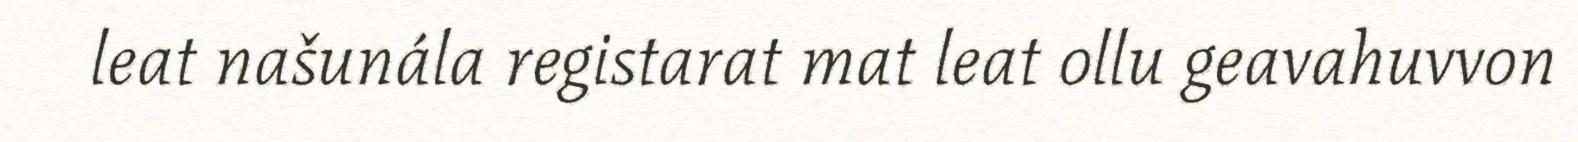
leat našunála registarat mat leat ollu geavahuvvon